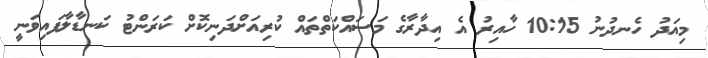
މިއަދު ހެނދުނު 10:15 ހާއިރު އެ އިދާރާގެ މަސައްކަތްތައް ކުރިއަށްދަނިކޮށް ކަރަންޓު ކަނޑާލާފައިވަނީ